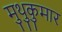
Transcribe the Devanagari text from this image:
मुथुकुमार